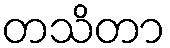
တသိတာ